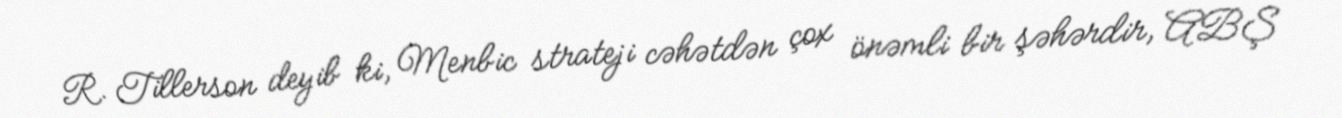
R. Tillerson deyib ki, Menbic strateji cəhətdən çox önəmli bir şəhərdir, ABŞ